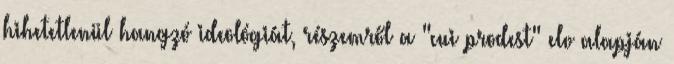
hihetetlenül hangzó ideológiát, részemről a "cui prodest" elv alapján